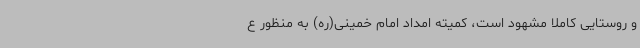
و روستایی کاملاً مشهود است، کمیته امداد امام خمینی(ره) به منظور ع